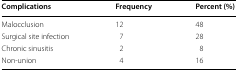
| Complications | Frequency | Percent (%) |
 | --- | --- | --- |
 | Malocclusion | 12 | 48 |
 | Surgical site infection | 7 | 28 |
 | Chronic sinusitis | 2 | 8 |
 | Non-union | 4 | 16 |